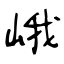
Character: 峨